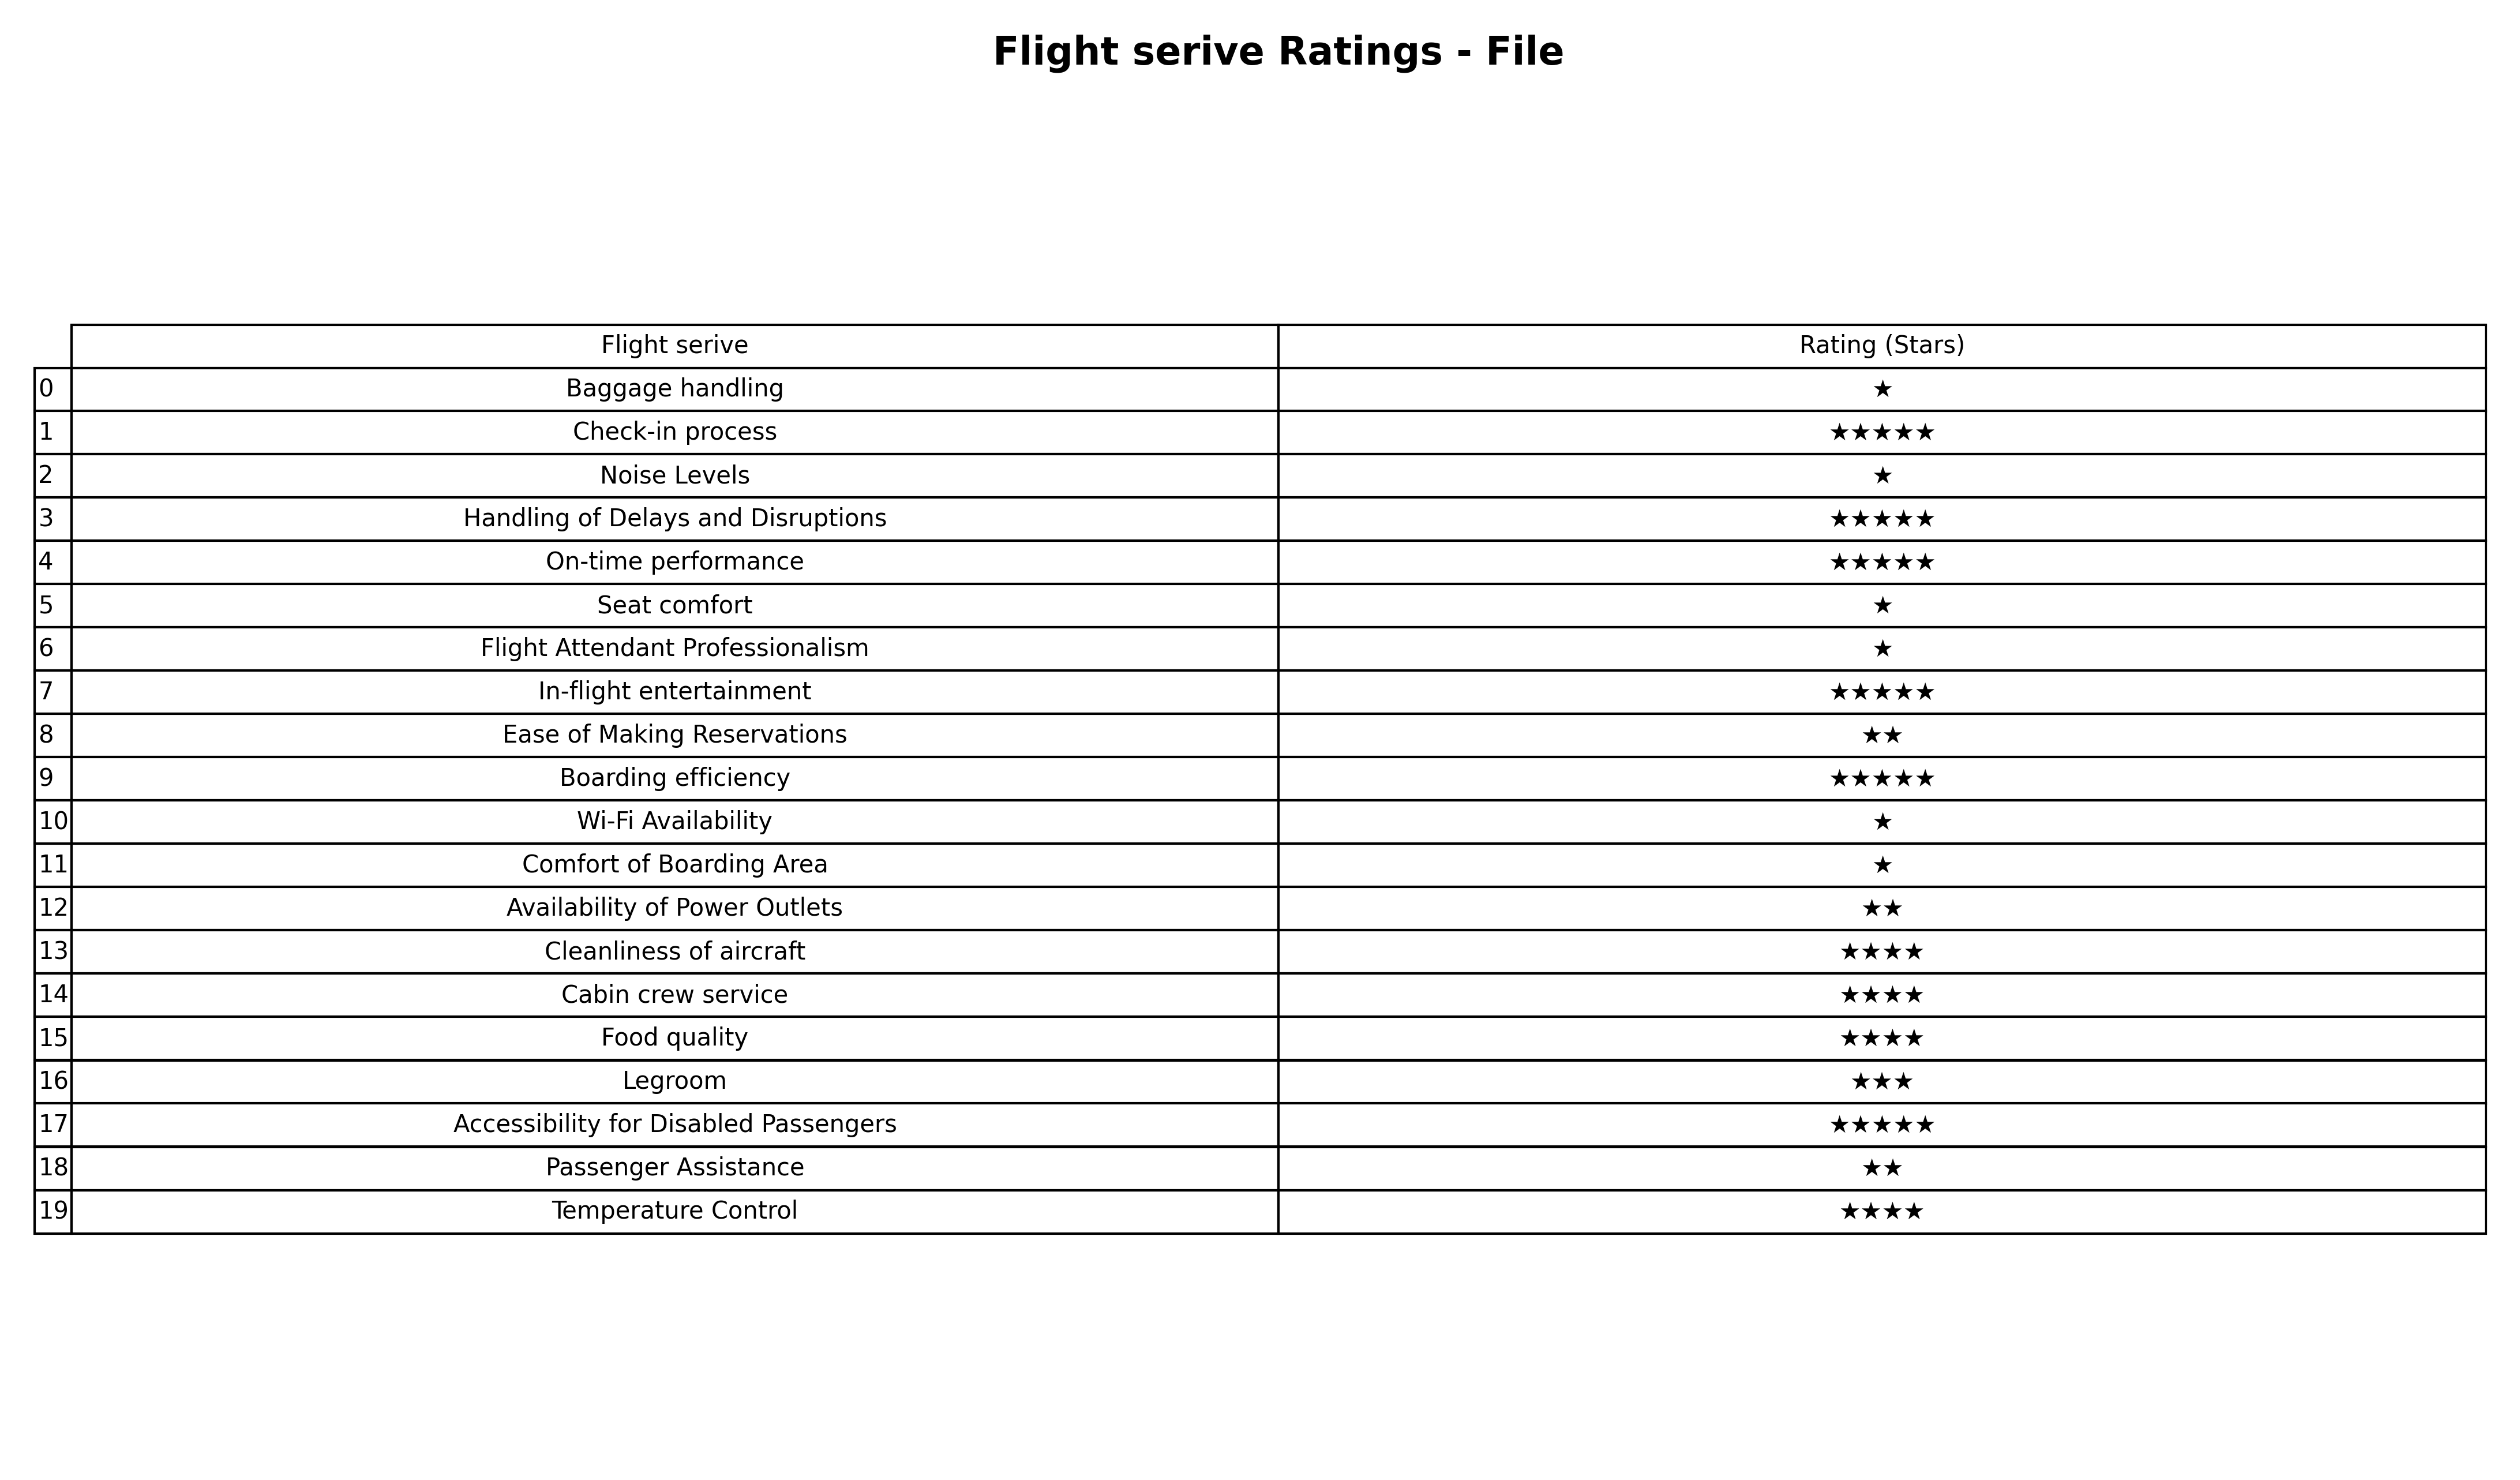
question: What are two star services?
answer: Ease of Making ReservationsAvailability of Power OutletsPassenger Assistance